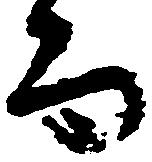
而